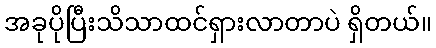
အခုပိုပြီးသိသာထင်ရှားလာတာပဲ ရှိတယ်။